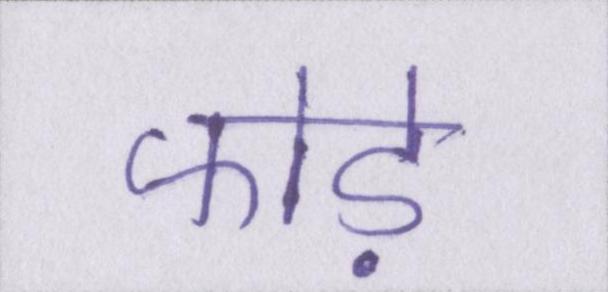
फोड़े